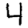
Digit: 4